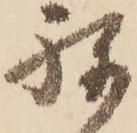
ね